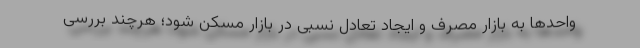
واحدها به بازار مصرف و ایجاد تعادل نسبی در بازار مسکن شود؛ هرچند بررسی